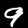
Label: 9